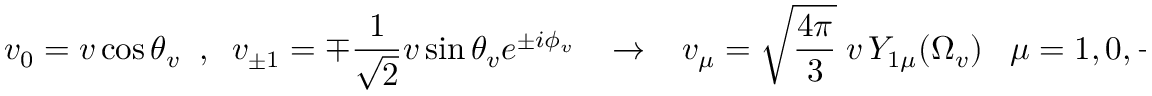
v _ { 0 } = v \cos \theta _ { v } \; \; , \; \; v _ { \pm 1 } = \mp \frac { 1 } { \sqrt { 2 } } v \sin \theta _ { v } e ^ { \pm i \phi _ { v } } \; \; \; \to \; \; \; v _ { \mu } = \sqrt { \frac { 4 \pi } { 3 } } \; v \, Y _ { 1 \mu } ( \Omega _ { v } ) \; \; \; \mu = 1 , 0 , - 1